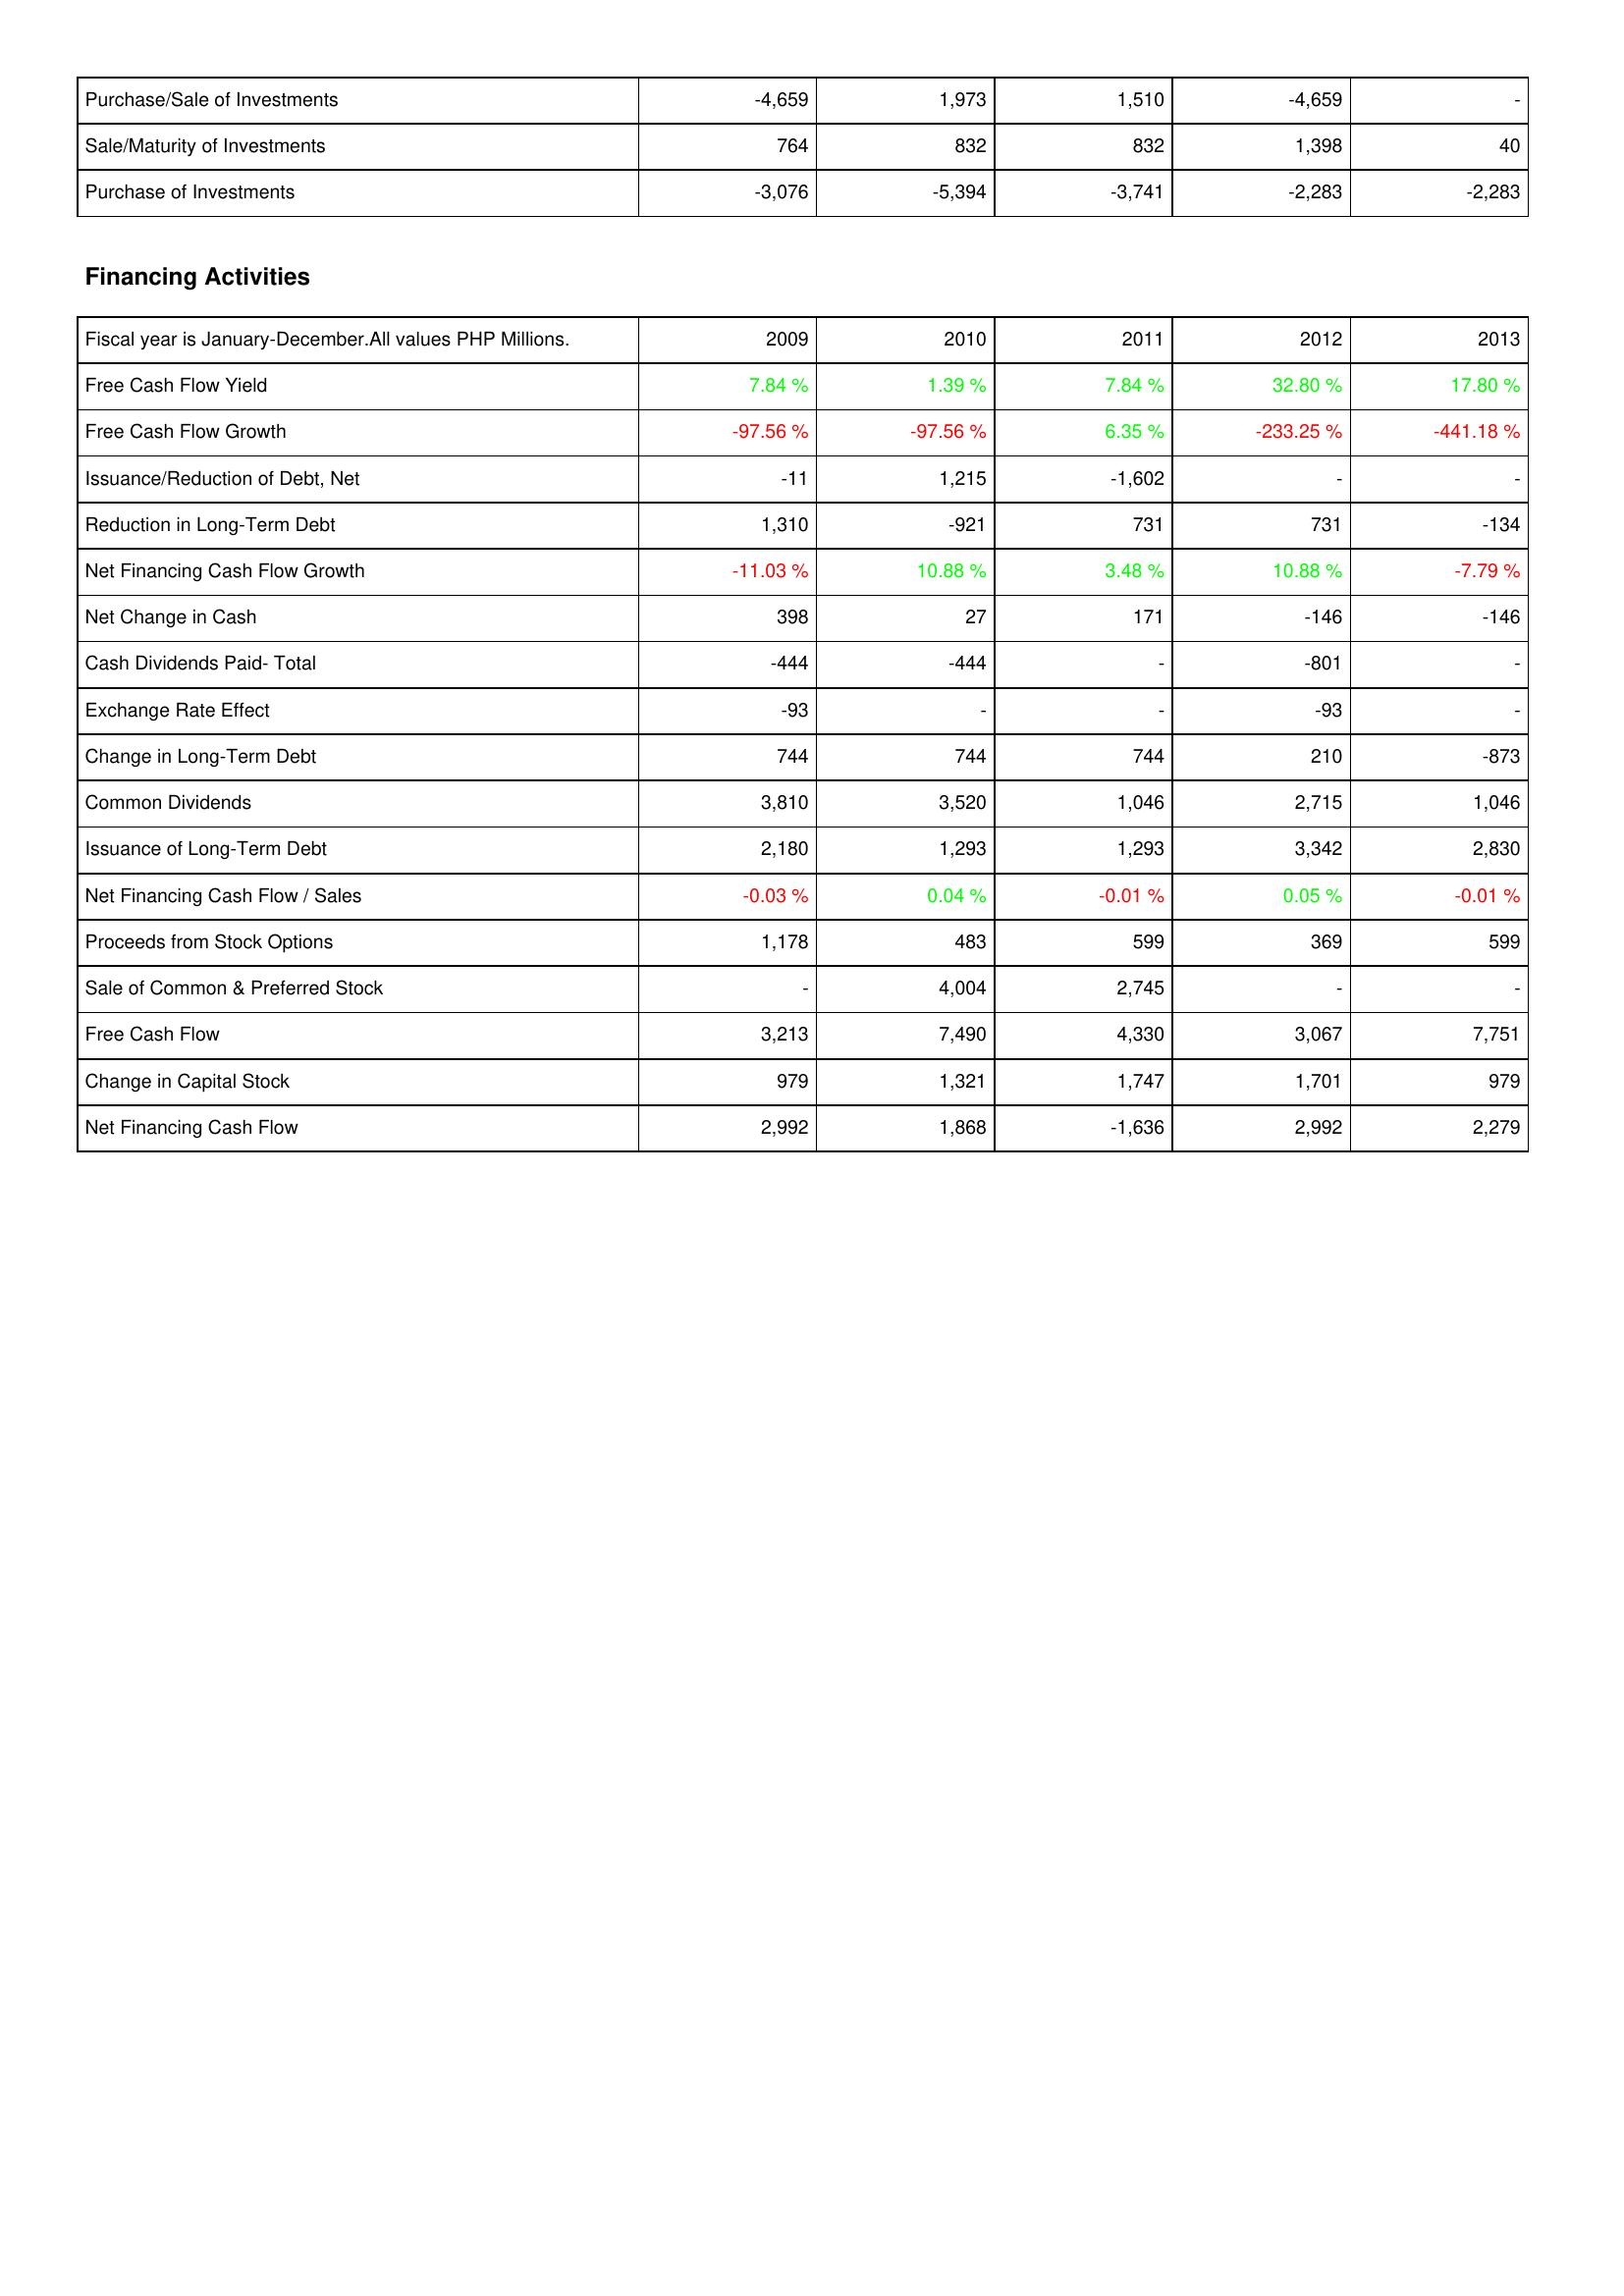
2009: Investing Activities: Purchase/Sale of Investments: -4,659
Sale/Maturity of Investments: 764
Purchase of Investments: -3,076
Financing Activities: Free Cash Flow Yield: 7.84 %
Free Cash Flow Growth: -97.56 %
Issuance/Reduction of Debt, Net: -11
Reduction in Long-Term Debt: 1,310
Net Financing Cash Flow Growth: -11.03 %
Net Change in Cash: 398
Cash Dividends Paid- Total: -444
Exchange Rate Effect: -93
Change in Long-Term Debt: 744
Common Dividends: 3,810
Issuance of Long-Term Debt: 2,180
Net Financing Cash Flow / Sales: -0.03 %
Proceeds from Stock Options: 1,178
Sale of Common & Preferred Stock: -
Free Cash Flow: 3,213
Change in Capital Stock: 979
Net Financing Cash Flow: 2,992
2010: Investing Activities: Purchase/Sale of Investments: 1,973
Sale/Maturity of Investments: 832
Purchase of Investments: -5,394
Financing Activities: Free Cash Flow Yield: 1.39 %
Free Cash Flow Growth: -97.56 %
Issuance/Reduction of Debt, Net: 1,215
Reduction in Long-Term Debt: -921
Net Financing Cash Flow Growth: 10.88 %
Net Change in Cash: 27
Cash Dividends Paid- Total: -444
Exchange Rate Effect: -
Change in Long-Term Debt: 744
Common Dividends: 3,520
Issuance of Long-Term Debt: 1,293
Net Financing Cash Flow / Sales: 0.04 %
Proceeds from Stock Options: 483
Sale of Common & Preferred Stock: 4,004
Free Cash Flow: 7,490
Change in Capital Stock: 1,321
Net Financing Cash Flow: 1,868
2011: Investing Activities: Purchase/Sale of Investments: 1,510
Sale/Maturity of Investments: 832
Purchase of Investments: -3,741
Financing Activities: Free Cash Flow Yield: 7.84 %
Free Cash Flow Growth: 6.35 %
Issuance/Reduction of Debt, Net: -1,602
Reduction in Long-Term Debt: 731
Net Financing Cash Flow Growth: 3.48 %
Net Change in Cash: 171
Cash Dividends Paid- Total: -
Exchange Rate Effect: -
Change in Long-Term Debt: 744
Common Dividends: 1,046
Issuance of Long-Term Debt: 1,293
Net Financing Cash Flow / Sales: -0.01 %
Proceeds from Stock Options: 599
Sale of Common & Preferred Stock: 2,745
Free Cash Flow: 4,330
Change in Capital Stock: 1,747
Net Financing Cash Flow: -1,636
2012: Investing Activities: Purchase/Sale of Investments: -4,659
Sale/Maturity of Investments: 1,398
Purchase of Investments: -2,283
Financing Activities: Free Cash Flow Yield: 32.80 %
Free Cash Flow Growth: -233.25 %
Issuance/Reduction of Debt, Net: -
Reduction in Long-Term Debt: 731
Net Financing Cash Flow Growth: 10.88 %
Net Change in Cash: -146
Cash Dividends Paid- Total: -801
Exchange Rate Effect: -93
Change in Long-Term Debt: 210
Common Dividends: 2,715
Issuance of Long-Term Debt: 3,342
Net Financing Cash Flow / Sales: 0.05 %
Proceeds from Stock Options: 369
Sale of Common & Preferred Stock: -
Free Cash Flow: 3,067
Change in Capital Stock: 1,701
Net Financing Cash Flow: 2,992
2013: Investing Activities: Purchase/Sale of Investments: -
Sale/Maturity of Investments: 40
Purchase of Investments: -2,283
Financing Activities: Free Cash Flow Yield: 17.80 %
Free Cash Flow Growth: -441.18 %
Issuance/Reduction of Debt, Net: -
Reduction in Long-Term Debt: -134
Net Financing Cash Flow Growth: -7.79 %
Net Change in Cash: -146
Cash Dividends Paid- Total: -
Exchange Rate Effect: -
Change in Long-Term Debt: -873
Common Dividends: 1,046
Issuance of Long-Term Debt: 2,830
Net Financing Cash Flow / Sales: -0.01 %
Proceeds from Stock Options: 599
Sale of Common & Preferred Stock: -
Free Cash Flow: 7,751
Change in Capital Stock: 979
Net Financing Cash Flow: 2,279